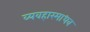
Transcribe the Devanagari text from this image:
व्यवहारमाधव